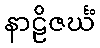
နာဠိဇင်္ဃံ